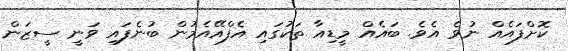
ކޮށްފައެއް ނުވެ އެވެ. ބައެއް މީޑިއާ ތަކުގައި އެފްއޭއެމުން ބުނެފައި ވަނީ ސީޒަން